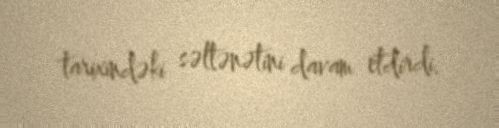
tarixindəki səltənətini davam etdirdi.